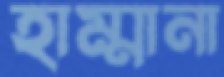
হাম্মানা